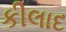
કીલાદ